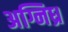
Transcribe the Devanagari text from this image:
अग्निध्र